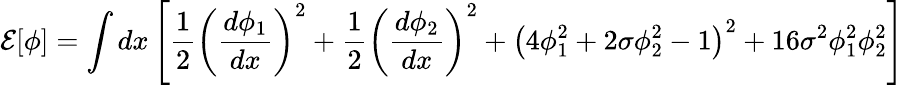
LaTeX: {\cal E}[\phi]=\int dx\left[\frac{1}{2}\left(\frac{d\phi_{1}}{dx}\right)^{2}+\frac{1}{2}\left(\frac{d\phi_{2}}{dx}\right)^{2}+\left(4\phi_{1}^{2}+2\sigma\phi_{2}^{2}-1\right)^{2}+16\sigma^{2}\phi_{1}^{2}\phi_{2}^{2}\right]